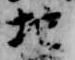
地